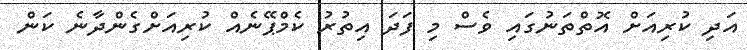
އަދި ކުރިއަށް އޮތްތަނުގައި ވެސް މި ފަދަ އިތުރު ކެމްޕޭނެއް ކުރިއަށްގެންދާނެ ކަން